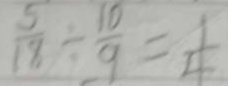
\frac { 5 } { 1 8 } \div \frac { 1 0 } { 9 } = \frac { 1 } { 4 }